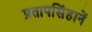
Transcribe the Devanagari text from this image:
प्रतापसिंहानें